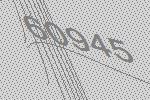
60945